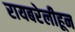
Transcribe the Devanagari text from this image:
रायबरेलीहून